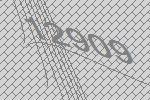
12909